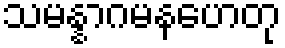
သမန္နာဂမနဟေတု